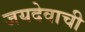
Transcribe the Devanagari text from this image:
जयदेवाची